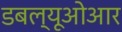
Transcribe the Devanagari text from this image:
डबल्यूओआर